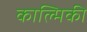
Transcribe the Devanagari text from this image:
काल्मिकी